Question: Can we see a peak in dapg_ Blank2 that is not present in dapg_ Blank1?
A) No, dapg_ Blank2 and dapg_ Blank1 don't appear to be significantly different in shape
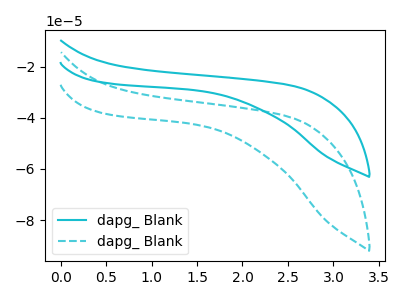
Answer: <think>The cyan curve "dapg_ Blank1" has no peaks. The cyan dashed curve "dapg_ Blank2" has no peaks.
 Neither "dapg_ Blank2" or "dapg_ Blank1" have any peaks.</think>
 <answer>A) No, "dapg_ Blank2" and "dapg_ Blank1" don't appear to be significantly different in shape</answer>
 <eval>A</eval>